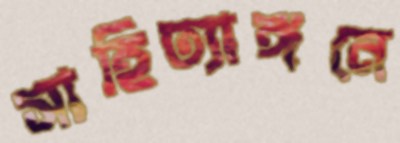
সাহিত্যাঙ্গনে